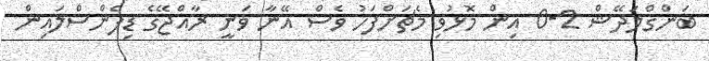
ބަންގްލަދޭޝް 2-0 އިން މޮޅުވި މެޗަށްފަހު ވެސް އޭނާ ވަނީ ރާއްޖޭގެ ޑިފެންސްލައިން